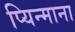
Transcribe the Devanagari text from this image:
प्यिन्माना